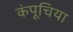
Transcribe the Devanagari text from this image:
कंपूचिया